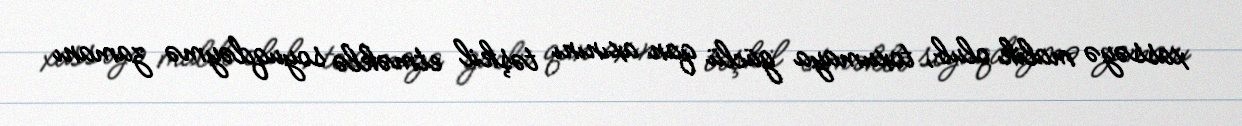
xassəyə malik olub, toxumaya güclü qan axınını təşkil etməklə soyuqdəymə zamanı